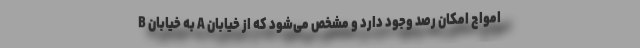
امواج امکان رصد وجود دارد و مشخص می‌شود که از خیابان A به خیابان B